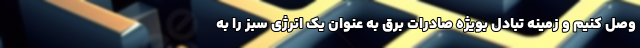
وصل کنیم و زمینه تبادل بویژه صادرات برق به عنوان یک انرژی سبز را به